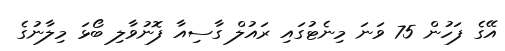
އޭގެ ފަހުން 75 ވަނަ މިނެޓުގައި ރައުލް ގާސިއާ ފޮނުވާލި ބޯޅަ މިލާނުގެ